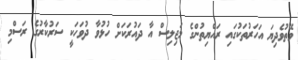
ވޭތުވެދިޔަ އަހަރުތަކުގައި ރައްޔިތުންގެ މަޖިލިސް އާ ދައުރަކަށް ހުޅުވާ ދުވަހަކީ ސަރުކާރުގެ ރަސްމި